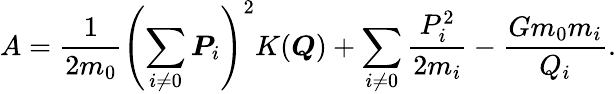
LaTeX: A=\frac{1}{2m_{0}}\left(\sum_{i\ne 0}\boldsymbol{P}_{i}\right)^{2}K(\boldsymbol{Q})+\sum_{i\ne 0}\frac{P_{i}^{2}}{2m_{i}}-\frac{Gm_{0}m_{i}}{Q_{i}}.